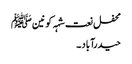
محفل نعت شہہ کونین ﷺ
حیدرآباد ۔